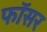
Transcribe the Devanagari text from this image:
फॉसर